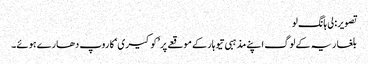
تصویر: لی ہانگ لو
بلغاریہ کے لوگ اپنے مذہبی تیوہار کے موقعے پر ’کوکیری‘ کا روپ دھارے ہوئے۔